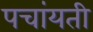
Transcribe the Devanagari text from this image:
पचांयती